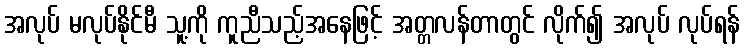
အလုပ် မလုပ်နိုင်မီ သူ့ကို ကူညီသည့်အနေဖြင့် အတ္တလန်တာတွင် လိုက်၍ အလုပ် လုပ်ရန်